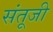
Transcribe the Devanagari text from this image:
संतूजी